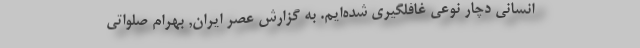
انسانی دچار نوعی غافلگیری شده‌ایم. به گزارش عصر ایران, بهرام صلواتی